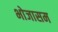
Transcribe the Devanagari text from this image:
भोजासम